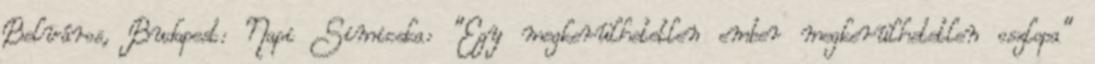
Belváros, Budapest: Napi Simicska: "Egy megkerülhetetlen ember megkerülhetetlen oszlopa"